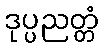
ဒုပ္ပညတ္တံ